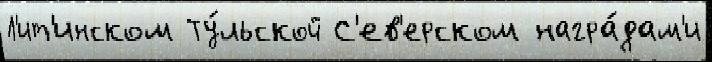
Л'ит'инском Ту́льской С'ев'ерском награ́дам'и